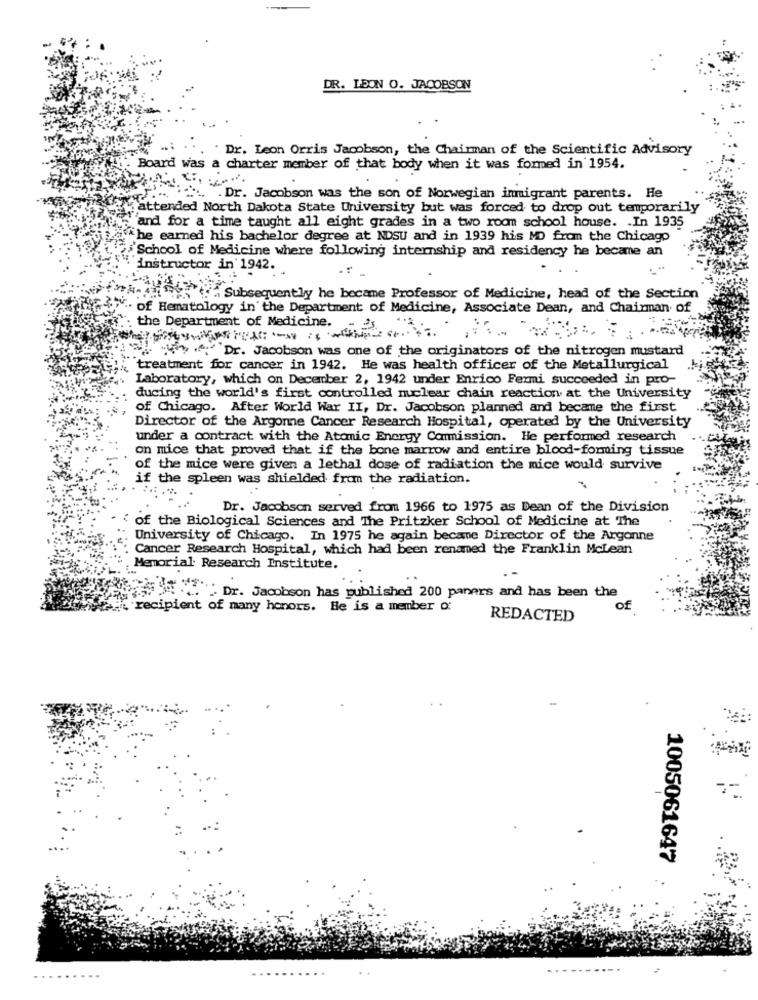
DR. LEON O. JACOBSON
Dr. Leon Orris Jacobson, the Chairman of the Scientific Advisory
Board was a charter member of that body when it was formed in 1954.
. Dr. Jacobson was the son of Norwegian immigrant parents. He
attended North Dakota State University but was forced to drop out temporarily
""and for a time taught all eight grades in a two room school house. . In 1935
.the earned his bachelor degree at NDSU and in 1939 his MD from the Chicago
School of Medicine where following internship and residency he became an
`instructor in 1942.
": " Subsequently he became Professor of Medicine, head of the Section
. of Hematology in the Department of Medicine, Associate Dean, and Chairman of
the Department of Medicine.
Dr. Jacobson was one of the originators of the nitrogen mustard
treatment for cancer in 1942. He was health officer of the Metallurgical
Laboratory, which on December 2, 1942 under Enrico Fermi succeeded in pro-
ducing the world's first controlled nuclear chain reaction at the University
of Chicago. After World War II, Dr. Jacobson planned and became the first
Director of the Argonne Cancer Research Hospital, operated by the University
under a contract with the Atomic Energy Commission. He performed research
on mice that proved that if the bone marrow and entire blood-forming tissue
of the mice were given a lethal dose of radiation the mice would survive
if the spleen was shielded from the radiation.
Dr. Jacobson served from 1966 to 1975 as Dean of the Division
of the Biological Sciences and The Pritzker School of Medicine at The
University of Chicago. In 1975 he again became Director of the Argonne
Cancer Research Hospital, which had been renamed the Franklin Mclean
Memorial Research Institute.
Dr. Jacobson has published 200 paners and has been the
recipient of many honors. He is a member o:
of
REDACTED
1005061647
..
.----....